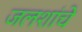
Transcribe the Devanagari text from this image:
जलशांचे